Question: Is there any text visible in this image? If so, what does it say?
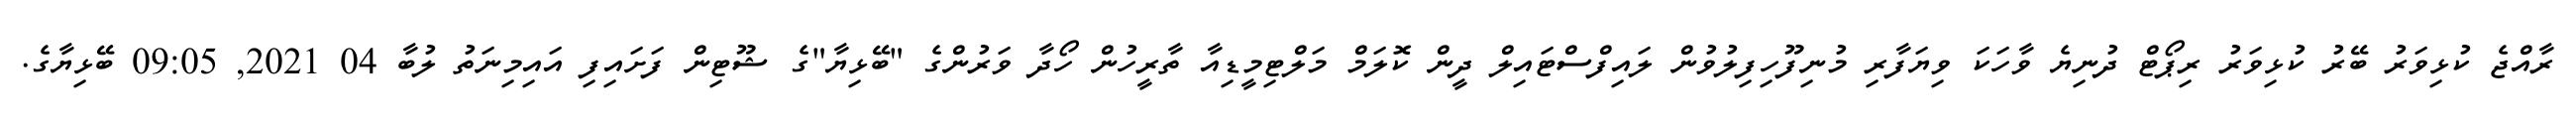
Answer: ރާއްޖެ ކުޅިވަރު ބޭރު ކުޅިވަރު ރިޕޯޓް ދުނިޔެ ވާހަކަ ވިޔަފާރި މުނިފޫހިފިލުވުން ލައިފްސްޓައިލް ދީން ކޮލަމް މަލްޓިމީޑިއާ ތާރީހުން ހޯދާ ވަރުންގެ "ބޭޅިޔާ"ގެ ޝޫޓިން ފަށައިފި އައިމިނަތު ލުބާ 04 2021, 09:05 ބޭޅިޔާގެ.